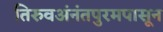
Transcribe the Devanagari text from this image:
तिरुवअंनंतपुरमपासून